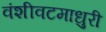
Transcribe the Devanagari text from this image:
वंशीवटमाधुरी